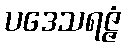
ပဒေသရဇ္ဇံ